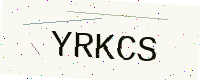
Text: YRKCS